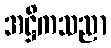
အဋ္ဌိကသညာ